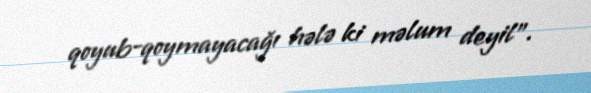
qoyub-qoymayacağı hələ ki məlum deyil”.